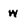
Character: w